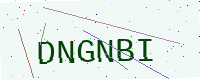
Text: DNGNBI